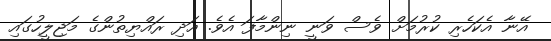
އޭނާ އެކަހެރި ކުރުމަށް ވެސް ވަނީ ނިންމާފަ އެވެ. އަދި ރައްޔިތުންގެ މަޖިލީހުގައި